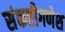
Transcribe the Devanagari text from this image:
संकष्टीगणेश